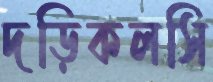
দড়িকলসি